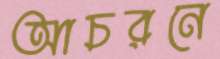
আচরনে